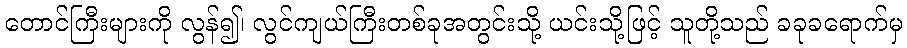
တောင်ကြီးများကို လွန်၍၊ လွင်ကျယ်ကြီးတစ်ခုအတွင်းသို့ ယင်းသို့ဖြင့် သူတို့သည် ခခုခရောက်မှ